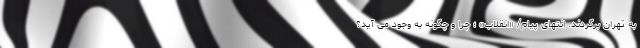
به تهران برگردند. انتهای پیام/ «انقلاب» ؛ چرا و چگونه به وجود می آید؟